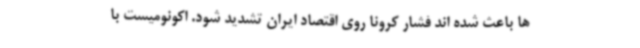
ها باعث شده اند فشار کرونا روی اقتصاد ایران تشدید شود. اکونومیست با